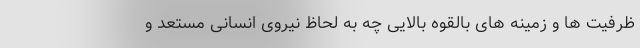
ظرفیت ها و زمینه های بالقوه بالایی چه به لحاظ نیروی انسانی مستعد و